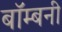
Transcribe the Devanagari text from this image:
बॉम्बनी